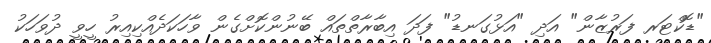
"ޑޮކްޓަރ ފަރުޒާން" އަދި "އަޅުގަނޑު" ފަދަ އިބާރާތްތައް ބޭނުންކޮށްގެން ވާހަކަދެއްކިއިރު ހީވީ ދުވަހަކު